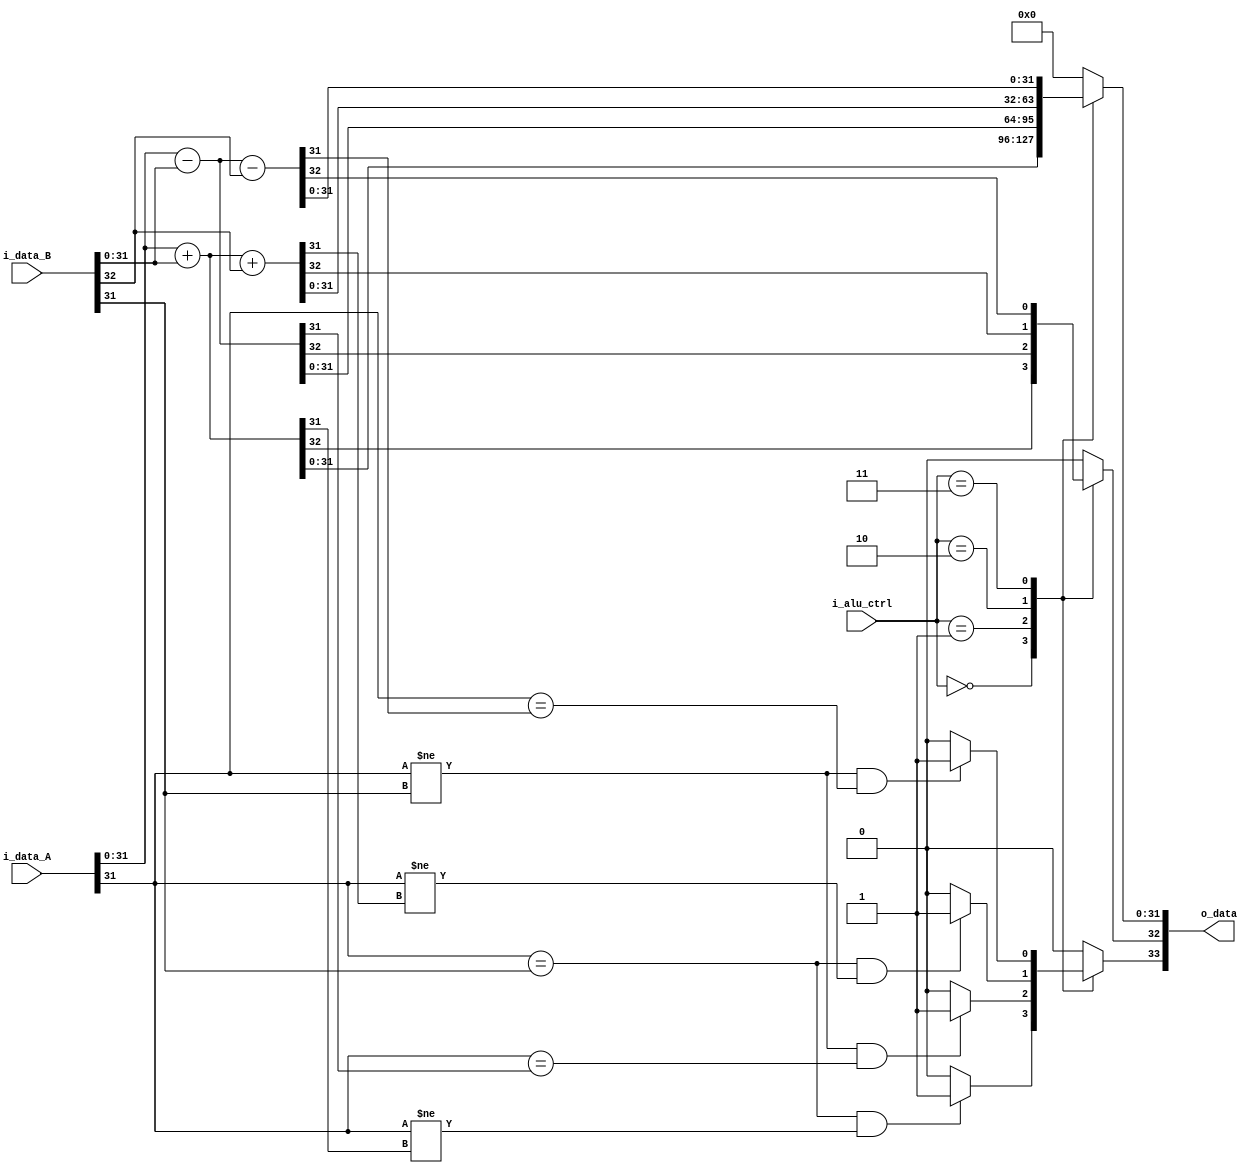
//////////////////////////////////////////////////////////////////////
//@ Module Name: ALU
//@              - Arithmetic and Logic Processing module
//@              - ALU ctrl parameters:
//@                     ADD  = 3'd0
//@                     ADDC = 3'd1
//@                     SUB  = 3'd2
//@                     SUBC = 3'd3
//@                     EXCEPTION = 3'd4 --> will output zero
//
// Interesting Notes:
// @ https://teaching.idallen.com/dat2343/10f/notes/040_overflow.txt
// =====================================================
// The CARRY flag and OVERFLOW flag in binary arithmetic
// =====================================================
// - Ian! D. Allen - idallen@idallen.ca - www.idallen.com
// 
// Do not confuse the "carry" flag with the "overflow" flag in integer
// arithmetic.  Each flag can occur on its own, or both together.  The CPU's
// ALU doesn't care or know whether you are doing signed or unsigned
// mathematics; the ALU always sets both flags appropriately when doing any
// integer math.  The ALU doesn't know about signed/unsigned; the ALU just
// does the binary math and sets the flags appropriately.  It's up to you,
// the programmer, to know which flag to check after the math is done.
// 
// If your program treats the bits in a word as unsigned numbers, you
// must watch to see if your arithmetic sets the carry flag on, indicating
// the result is wrong.  You don't care about the overflow flag when doing
// unsigned math.  (The overflow flag is only relevant to signed numbers, not
// unsigned.)
// 
// If your program treats the bits in a word as two's complement signed
// values, you must watch to see if your arithmetic sets the overflow flag
// on, indicating the result is wrong.  You don't care about the carry
// flag when doing signed, two's complement math.  (The carry flag is only
// relevant to unsigned numbers, not signed.)
// 
// In unsigned arithmetic, watch the carry flag to detect errors.
// In unsigned arithmetic, the overflow flag tells you nothing interesting.
// 
// In signed arithmetic, watch the overflow flag to detect errors.
// In signed arithmetic, the carry flag tells you nothing interesting.
//
//////////////////////////////////////////////////////////////////////

module alu 
    #(
        parameter NB_REGISTERS  = 34,
        parameter DATA_WIDTH    = 32
    )
    (
        input   wire [2:0]                   i_alu_ctrl,
        input   wire [NB_REGISTERS-1:0]      i_data_A,
        input   wire [NB_REGISTERS-1:0]      i_data_B,

        output  wire [NB_REGISTERS-1:0]      o_data
    );

    //Handling variables  
    wire    regA_v;
    assign  regA_v = i_data_A[NB_REGISTERS-1];                      
    wire    regA_c;
    assign  regA_c = i_data_A[NB_REGISTERS-2];                      
    wire [DATA_WIDTH-1:0] regA_data;
    assign  regA_data = i_data_A[NB_REGISTERS-3:0];  

    wire    regB_v;
    assign  regB_v = i_data_B[NB_REGISTERS-1];                      
    wire    regB_c;
    assign  regB_c = i_data_B[NB_REGISTERS-2];
    wire [DATA_WIDTH-1:0] regB_data;
    assign  regB_data = i_data_B[NB_REGISTERS-3:0];

    reg [DATA_WIDTH-1:0]            r_out_data;
    reg                             r_out_c;
    reg                             r_out_v;
    assign o_data = {r_out_v, r_out_c, r_out_data};

    reg [DATA_WIDTH:0] r_sum;   //Intermidiate register with +1bit to compute sum with carry out


    //ALU operations
    parameter ADD   = 3'd0;
    parameter SUB   = 3'd1;
    parameter ADDC  = 3'd2;
    parameter SUBC  = 3'd3;
    parameter EXCEPTION = 3'd4;
    
    always @(*) begin
        r_sum       = {DATA_WIDTH+1{1'b0}};
        r_out_data  = {NB_REGISTERS{1'b0}};
        r_out_c     = 1'b0;
        r_out_v     = 1'b0;
        case (i_alu_ctrl)
            ADD : begin
                    r_sum       = regA_data + regB_data;
                    r_out_data  = r_sum[DATA_WIDTH-1:0];
                    r_out_c     = r_sum[DATA_WIDTH]; 
                    if ((regA_data[DATA_WIDTH-1]==regB_data[DATA_WIDTH-1])&&(regA_data[DATA_WIDTH-1] != r_out_data[DATA_WIDTH-1])) begin
                        //if operands have the same msb but output doesnt, then overflow!
                        r_out_v = 1'b1;
                    end
            end

            SUB : begin
                    r_sum       = regA_data - regB_data;
                    r_out_data  = r_sum[DATA_WIDTH-1:0];
                    r_out_c     = r_sum[DATA_WIDTH];
                    if ((regA_data[DATA_WIDTH-1]!=regB_data[DATA_WIDTH-1]) && (regA_data[DATA_WIDTH-1]==r_out_data[DATA_WIDTH-1])) begin
                        //if operands have the same msb but output doesnt, then overflow!
                        r_out_v = 1'b1;
                    end
            end

            ADDC : begin
                    r_sum       = regA_data + regB_data + {{DATA_WIDTH-1{1'b0}}, regB_c};
                    r_out_data  = r_sum[DATA_WIDTH-1:0];
                    r_out_c     = r_sum[DATA_WIDTH];   
                    if ((regA_data[DATA_WIDTH-1]==regB_data[DATA_WIDTH-1])&&(regA_data[DATA_WIDTH-1] != r_out_data[DATA_WIDTH-1])) begin
                        //if operands have the same sign but output doesnt, then overflow!
                        r_out_v = 1'b1;
                    end  
            end

            SUBC : begin
                    r_sum       = regA_data - regB_data - {{DATA_WIDTH-1{1'b0}}, regB_c};
                    r_out_data  = r_sum[DATA_WIDTH-1:0];
                    r_out_c     = r_sum[DATA_WIDTH];
                    if ((regA_data[DATA_WIDTH-1]!=regB_data[DATA_WIDTH-1]) && (regA_data[DATA_WIDTH-1]==r_out_data[DATA_WIDTH-1])) begin
                        //if operands have the same msb but output doesnt, then overflow!
                        r_out_v = 1'b1;
                    end
            end
            
            EXCEPTION: begin
                    r_sum       = {DATA_WIDTH+1{1'b0}};
                    r_out_data  = {NB_REGISTERS{1'b0}};
                    r_out_c     = 1'b0;
                    r_out_v     = 1'b0;
            end
        endcase

        // if (i_alu_ctrl != EXCEPTION) begin
        //     if(regA_data[DATA_WIDTH-1] == regB_data[DATA_WIDTH-1]) begin
        //         //if both inputs have equal sign bits
        //         //and result sign is different -> OVERFLOW!
        //         if(r_out_data[DATA_WIDTH-1] != regA_data[DATA_WIDTH-1]) begin
        //             r_out_v = 1'b1;
        //         end
        //     end
        // end
    end

endmodule //